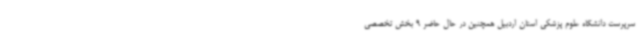
سرپرست دانشگاه علوم پزشکی استان اردبیل همچنین در حال حاضر 9 بخش تخصصی